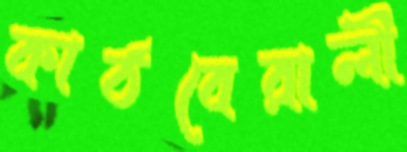
কাঠবেরালী